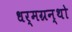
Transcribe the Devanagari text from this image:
धर्मग्रन्थो